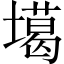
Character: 𡑪